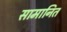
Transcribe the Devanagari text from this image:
सामानित